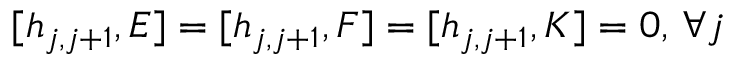
[ h _ { j , j + 1 } , E ] = [ h _ { j , j + 1 } , F ] = [ h _ { j , j + 1 } , K ] = 0 , \, \forall j